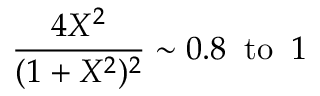
\frac { 4 X ^ { 2 } } { ( 1 + X ^ { 2 } ) ^ { 2 } } \sim 0 . 8 \; \; \mathrm { t o } \; \; 1